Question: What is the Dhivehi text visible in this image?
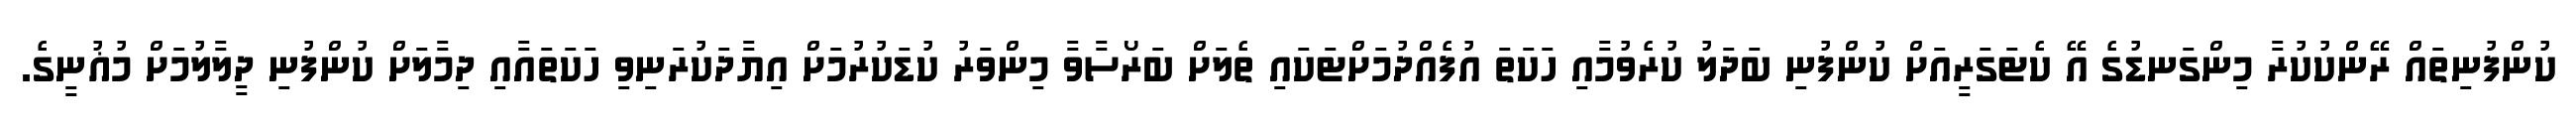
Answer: ކުންފުނިތައް ރޭންކުކުރާ މިންގަނޑުގެ އޭ ކެޓަގަރީއަށް ކުންފުނި ބަދަލު ކުރެވުމާއި ހަކަތަ އުފެއްދުމަށްޓަކައި ތެލަށް ބަރޯސާވާ މިންވަރު ކުޑަކުރުމަށް އިޔާދަކުރަނިވި ހަކަތައާއި ދިމާލަށް ކުންފުނި ދީލާލުމަށް މުޣުނީގެ.